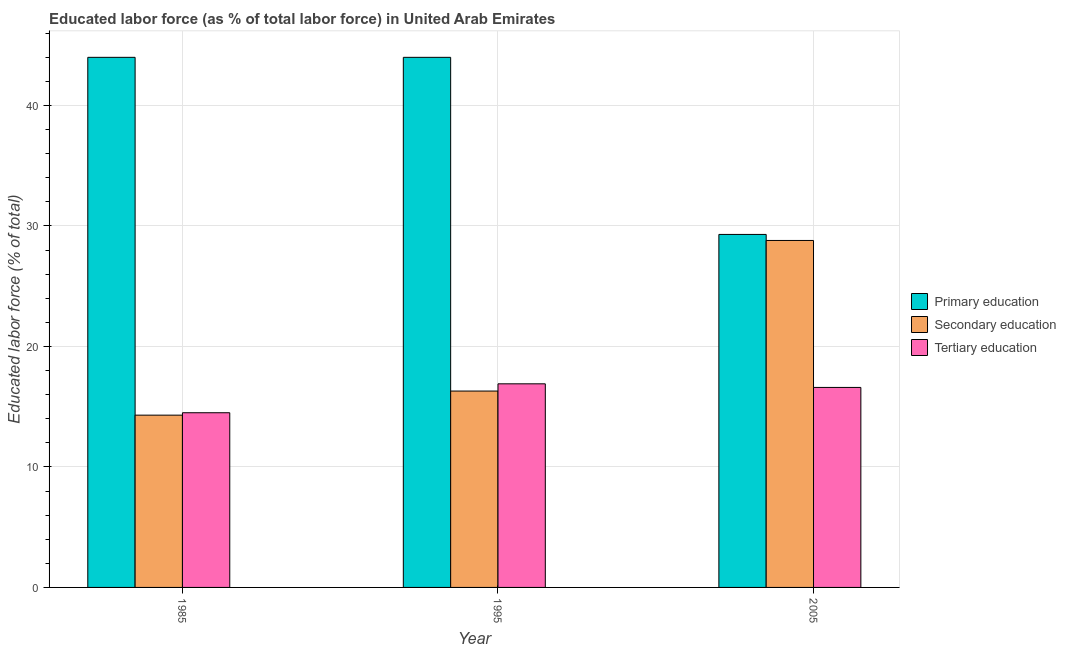
| Year | Primary education | Secondary education | Tertiary education |
 | --- | --- | --- | --- |
 | 1985 | 44 | 14.3 | 14.5 |
 | 1995 | 44 | 16.3 | 16.9 |
 | 2005 | 29.3 | 28.8 | 16.6 |